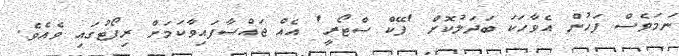
ނަމަވެސް ފަހުން އެވާހަކަ ބަދަލުކޮށް 'ފޭކް ސްޓޯރީ' އެއް ޖައްސާފައިވާކަމަށް ރިޕޯޓުގައި ވެއެވެ.